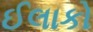
ઈલાકો